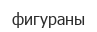
фигураны